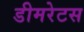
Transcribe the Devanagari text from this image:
डीमरेटस